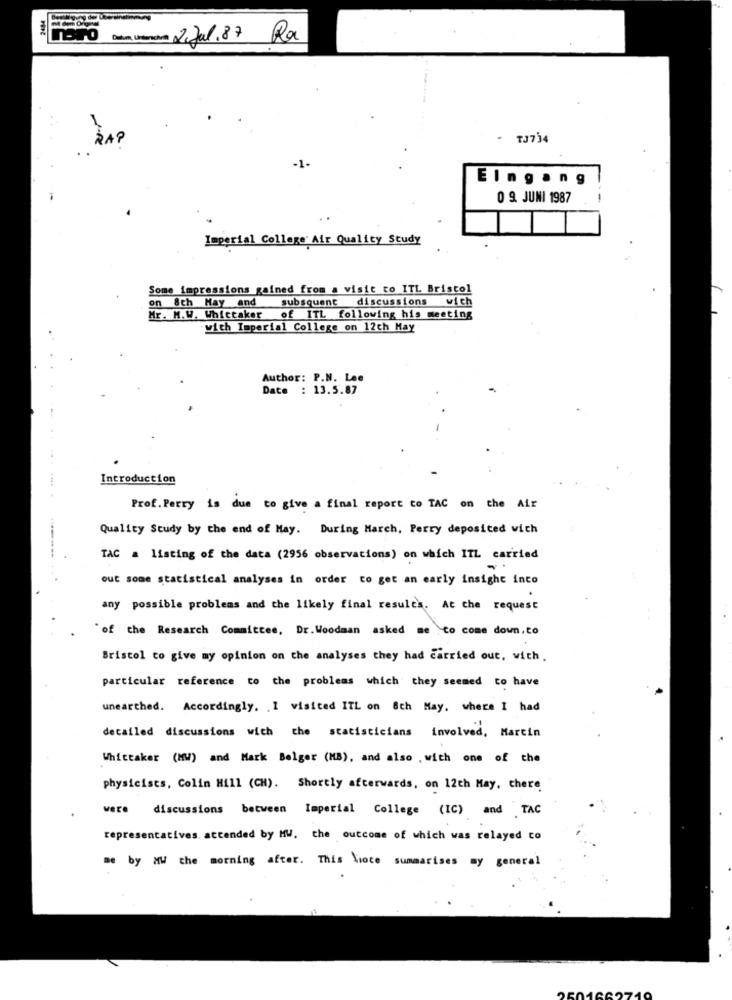
Datum, Unterschrift 2.Jul. 87 Rx
RAP
- TJ734
-1-
Eingang
0 9. JUNI 1987
Imperial College Air Quality Study
Some impressions gained from a visit to ITL Bristol
on 8th May and
subsquent discussions wich
Mr. M.W. Whittaker of ITL following his meeting
with Imperial College on 12ch May
Author: P.N. Lee
Date : 13.5.87
Introduction
Prof. Perry is due to give a final report to TAC on the Air
Quality Study by the end of May. During March, Perry deposited wich
TAC a listing of the data (2956 observations) on which ITL carried
out some statistical analyses in order to get an early insight into
any possible problems and the likely final results. At the request
"of the Research Committee, Dr. Woodman asked me to come down,to
Bristol to give my opinion on the analyses they had carried out, with.
particular reference to the problems which they seemed to have
unearthed. Accordingly. I visited ITL on 8th May. where I had
detailed discussions with the statisticians involved, Martin
Whittaker (MW) and Mark Bolger (MB), and also , with one of the
physicists, Colin Hill (CH). Shortly afterwards, on 12th May. there
were
discussions between Imperial College (IC) and TAC
representatives attended by MW. the outcome of which was relayed to
me by MW the morning after. This Vioce summarises my general